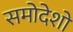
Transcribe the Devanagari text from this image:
समोदेशो